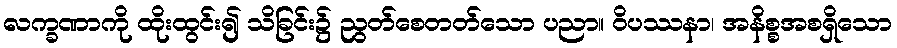
လက္ခဏာကို ထိုးထွင်း၍ သိခြင်း၌ ညွတ်စေတတ်သော ပညာ။ ဝိပဿနာ၊ အနိစ္စအစရှိသော